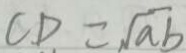
C D = \sqrt { a b }